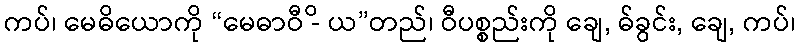
ကပ်၊ မေဓိယောကို “မေဓာဝီ -ိ ယ”တည်၊ ဝီပစ္စည်းကို ချေ, ဓ်ခွင်း, ချေ, ကပ်၊